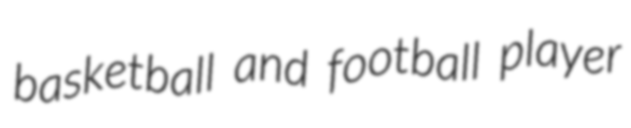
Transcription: basketball and football player